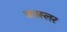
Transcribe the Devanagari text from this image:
कास्लर